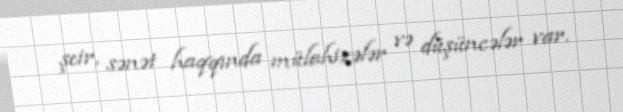
şeir, sənət haqqında mülahizələr və düşüncələr var.